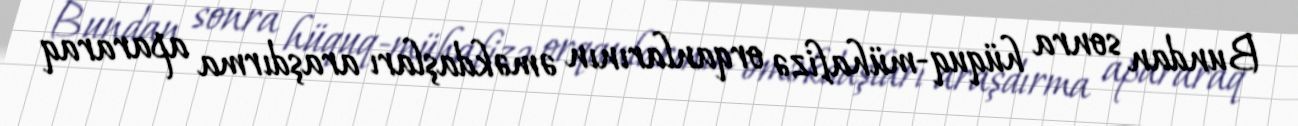
Bundan sonra hüquq-mühafizə orqanlarının əməkdaşları araşdırma apararaq